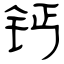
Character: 钙